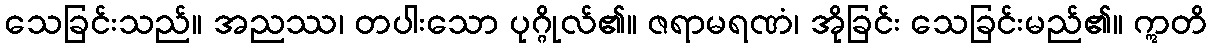
သေခြင်းသည်။ အညဿ၊ တပါးသော ပုဂ္ဂိုလ်၏။ ဇရာမရဏံ၊ အိုခြင်း သေခြင်းမည်၏။ ဣတိ